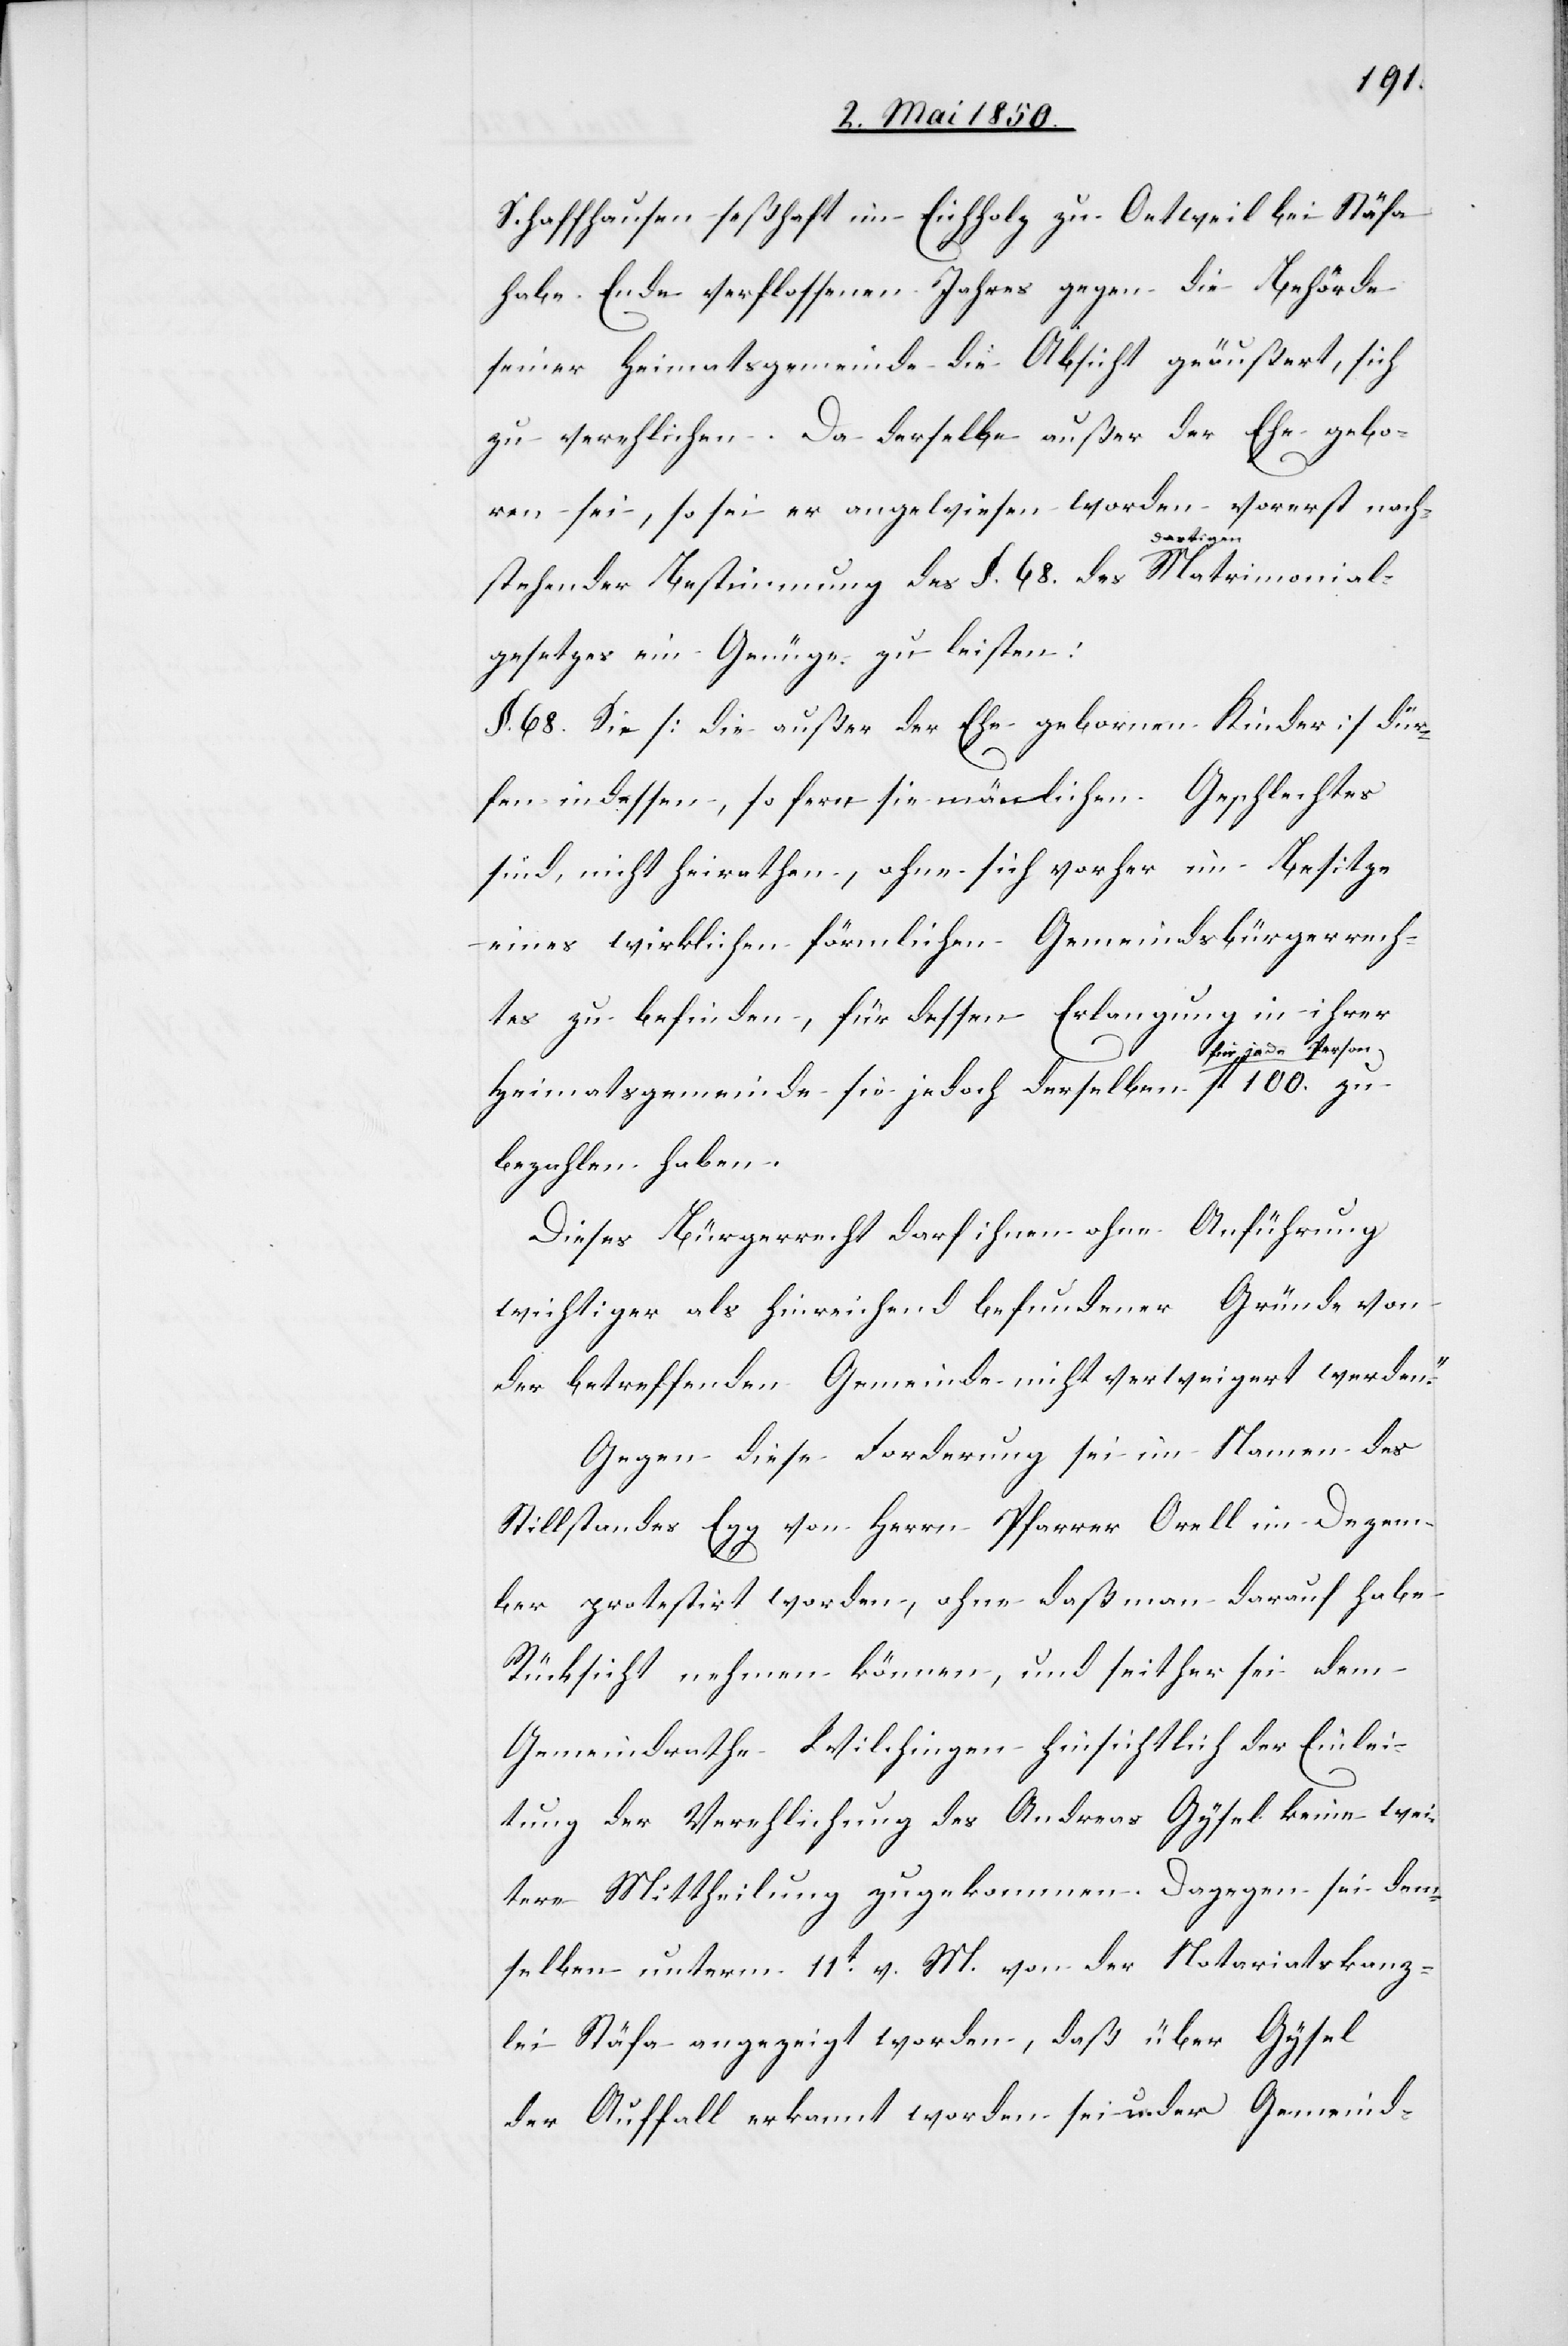
100.
Schaffhausen seßhaft im Eichholz zu Oetweil bei Stäfa
habe Ende verflossenen Jahres gegen die Behörde
seiner Heimatsgemeinde die Absicht geäußert, sich
zu verehlichen. Da derselbe außer der Ehe gebo¬
ren sei, so sei er angewiesen worden vorerst nach¬
atrimonial¬
stehender Bestimmung des §. 68. des dortigen M¬
gesetzes ein Genüge zu leisten:
68. Sie [die außer der Ehe gebornen Kinder] dür¬
fen indessen, so fern sie mänlichen Geschlechtes
sind, nicht heirathen, ohne sich vorher im Besitze
eines wirklichen förmlichen Gemeindsbürgerrech¬
tes zu befinden, für dessen Erlangung in ihrer
Heimatsgemeinde sie jedoch derselben für jede
bezahlen haben.
Dieses Bürgerrecht darf ihnen ohne Anführung
wichtiger als hinreichend befundener Gründe von
der betreffenden Gemeinde nicht verweigert werden.“
Gegen diese Forderung sei im Namen des
Stillstandes Egg von Herrn Pfarrer Orell im Dezem¬
ber protestirt worden, ohne daß man darauf habe
Rücksicht nehmen können, und seither sei dem
Gemeindrathe Wilchingen hinsichtlich der Einlei¬
tung der Verehlichung des Andreas Gysel keine wei¬
tere Mittheilung zugekommen. Dagegen sei dem¬
selben unterm 11t v. M. von der Notariatskanz¬
lei Stäfa angezeigt worden, daß über Gysel
der Auffall erkannt worden sei u. der Gemeind-